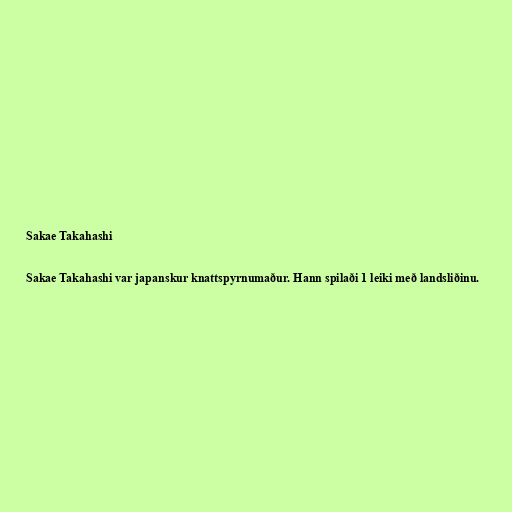
Sakae Takahashi

Sakae Takahashi var japanskur knattspyrnumaður. Hann spilaði 1 leiki með landsliðinu.